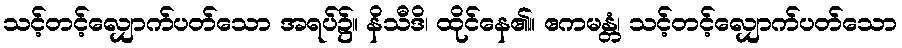
သင့်တင့်လျှောက်ပတ်သော အရပ်၌။ နိသီဒိ၊ ထိုင်နေ၏။ ဧကမန္တံ၊ သင့်တင့်လျှောက်ပတ်သော